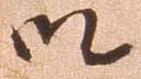
御